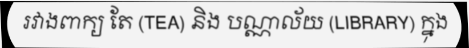
រវាងពាក្យ តែ (TEA) និង បណ្ណាល័យ (LIBRARY) ក្នុង